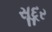
સૂદૂર